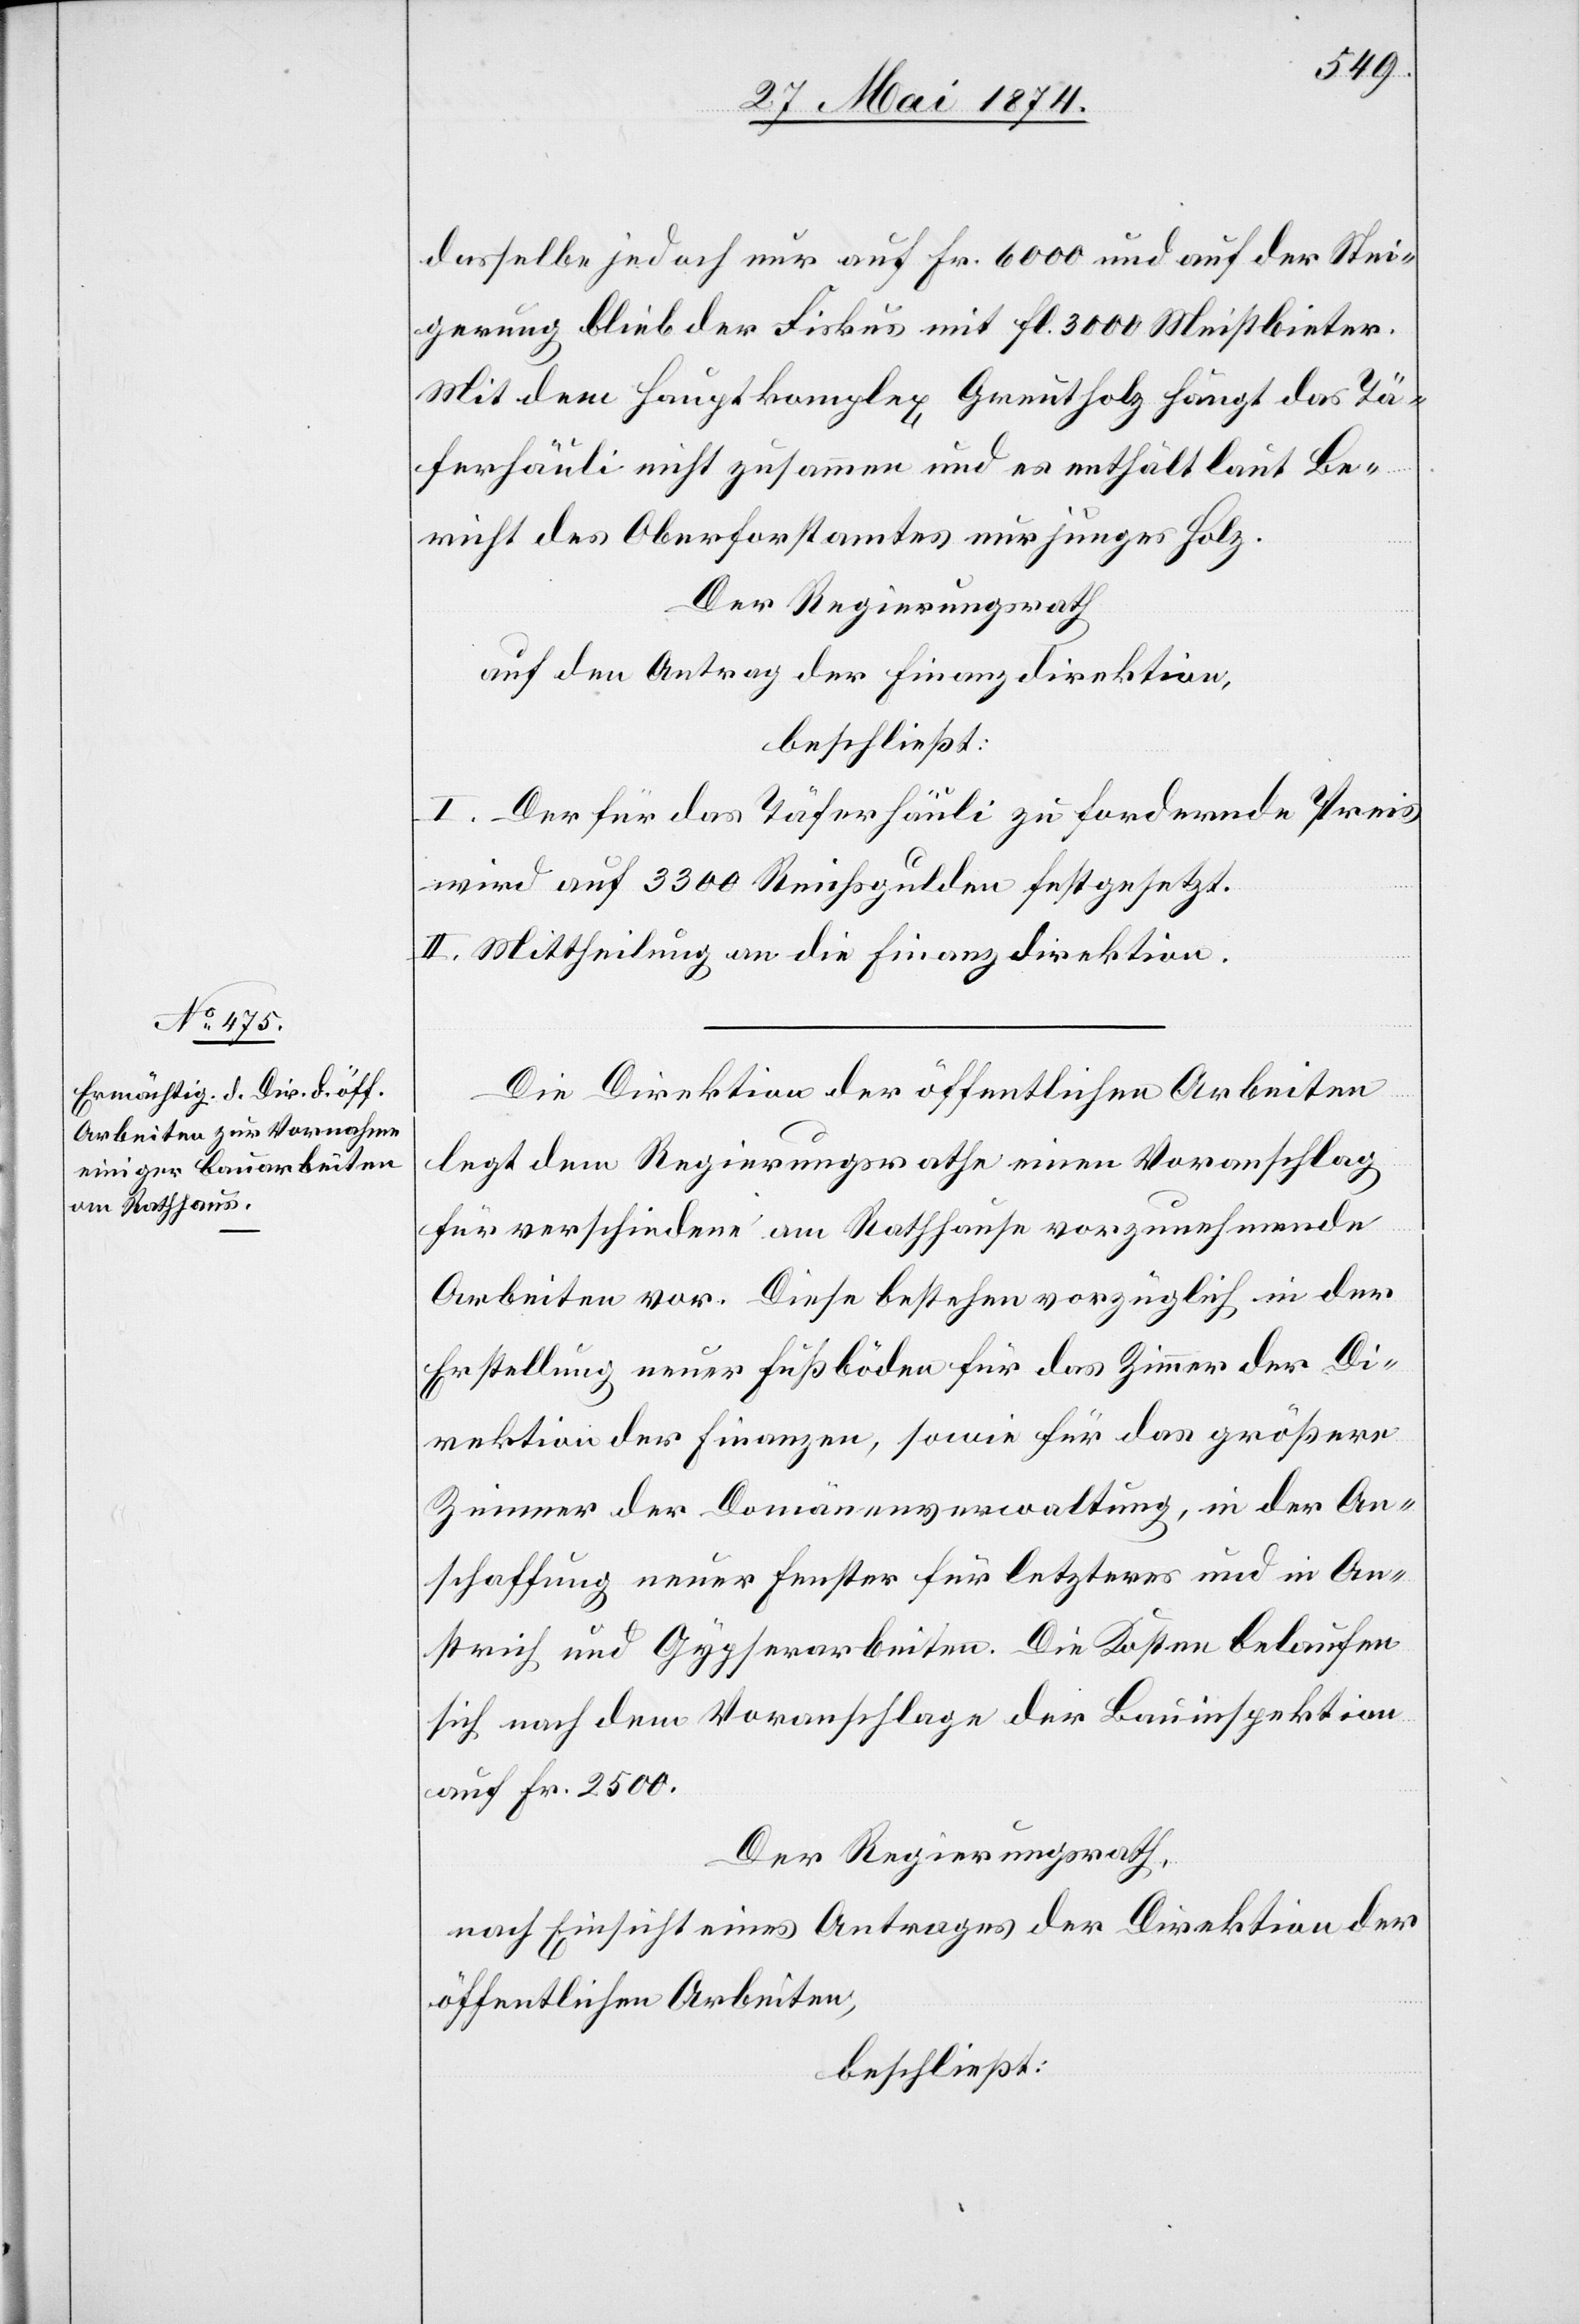
dasselbe jedoch nur auf Fr. 6000 und auf der Stei¬
gerung blieb der Fiskus mit fl. 3000 Meistbieter.
Mit dem Hauptkomplex Greutholz hängt das Tä¬
ferhäuli nicht zusammen und es enthält laut Be¬
richt des Oberforstamtes nur junges Holz.
Der Regierungsrath
auf den Antrag der Finanzdirektion,
beschließt:
I. Der für das Täferhäuli zu fordernde Preis
wird auf 3300 Reichsgulden festgesetzt.
II. Mittheilung an die Finanzdirektion.
Die Direktion der öffentlichen Arbeiten
legt dem Regierungsrathe einen Voranschlag
für verschiedene am Rathhause vorzunehmende
Arbeiten vor. Diese bestehen vorzüglich in der
Erstellung neuer Fußböden für das Zimmer der Di¬
rektion der Finanzen, sowie für das größere
Zimmer der Domänenverwaltung, in der An¬
schaffung neuer Fenster für letzteres und in An¬
streich und Gypserarbeiten. Die Kosten belaufen
sich nach dem Voranschlage der Bauinspektion
auf Fr. 2500.
Der Regierungsrath,
nach Einsicht eines Antrages der Direktion der
öffentlichen Arbeiten,
beschließt: